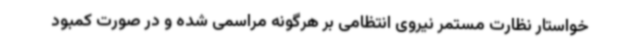
خواستار نظارت مستمر نیروی انتظامی بر هرگونه مراسمی شده و در صورت کمبود